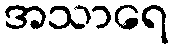
အသာရေ